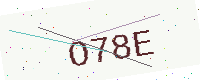
Text: O78E